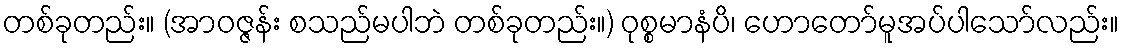
တစ်ခုတည်း။ (အာဝဇ္ဇန်း စသည်မပါဘဲ တစ်ခုတည်း။) ဝုစ္စမာနံပိ၊ ဟောတော်မူအပ်ပါသော်လည်း။